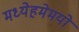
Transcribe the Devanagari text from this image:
मध्येहमेमयो